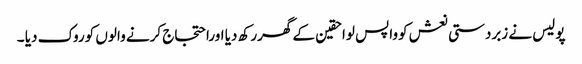
پولیس نے زبردستی نعش کوواپس لواحقین کے گھررکھ دیا اوراحتجاج کرنے والوں کوروک دیا ۔